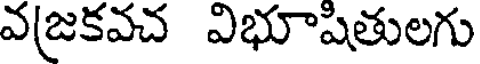
వ(జకవచ విభూషితులగు